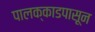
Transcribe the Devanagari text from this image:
पालक्काडपासून